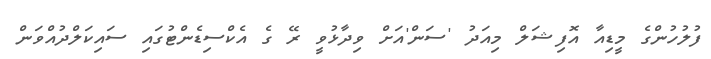
ފުލުހުންގެ މީޑިއާ އޮފިޝަލް މިއަދު 'ސަން'އަށް ވިދާޅުވީ ރޭ ގެ އެކްސިޑެންޓުގައި ސައިކަލްދުއްވަން